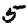
Digit: 5